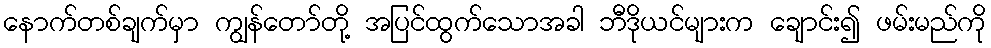
နောက်တစ်ချက်မှာ ကျွန်တော်တို့ အပြင်ထွက်သောအခါ ဘီဒိုယင်များက ချောင်း၍ ဖမ်းမည်ကို